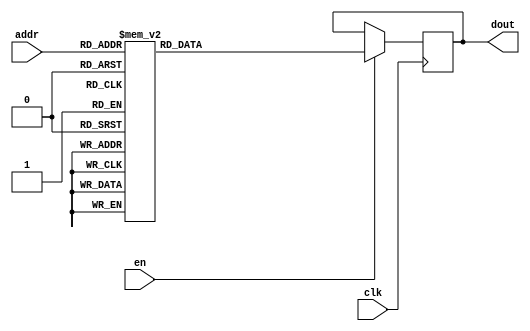
`timescale 1ns / 1ps
/*
Copyright
All right reserved.
Module Name: rom_syn
Author  : Zichuan Liu, Yixing Li and Wenye Liu.
Description:
A synthesized ROM: ROM_DEP x ROM_WID
*/
module DC_9_REF_ROM_3(
// inputs
clk,
en,
addr,
// outputs
dout
);
localparam ROM_WID = 11;
localparam ROM_DEP = 32;
localparam ROM_ADDR = 5;
// input definition
input clk;
input en;
input [ROM_ADDR-1:0] addr;
// output definition
output [ROM_WID-1:0] dout;
reg [ROM_WID-1:0] data;
always @(posedge clk)
begin
if (en) begin
case(addr)
		5'd0: data <= 11'b01000101111;
		5'd1: data <= 11'b01101010111;
		5'd2: data <= 11'b10000000000;
		5'd3: data <= 11'b01000101001;
		5'd4: data <= 11'b01000110010;
		5'd5: data <= 11'b00111000100;
		5'd6: data <= 11'b01000000100;
		5'd7: data <= 11'b00111001011;
		5'd8: data <= 11'b01000010101;
		5'd9: data <= 11'b10000000000;
		5'd10: data <= 11'b00111010001;
		5'd11: data <= 11'b01000000111;
		5'd12: data <= 11'b00110101001;
		5'd13: data <= 11'b01000101111;
		5'd14: data <= 11'b01000110011;
		5'd15: data <= 11'b00010010101;
		5'd16: data <= 11'b01000111001;
		5'd17: data <= 11'b01000111011;
		5'd18: data <= 11'b01111111111;
		5'd19: data <= 11'b00111101110;
		5'd20: data <= 11'b00111010101;
		5'd21: data <= 11'b00111010011;
		5'd22: data <= 11'b01000011111;
		5'd23: data <= 11'b01000001100;
		5'd24: data <= 11'b01000001011;
		5'd25: data <= 11'b00011110101;
		5'd26: data <= 11'b00111100000;
		5'd27: data <= 11'b01000101100;
		5'd28: data <= 11'b01110000111;
		5'd29: data <= 11'b01000001111;
		5'd30: data <= 11'b01000000110;
		5'd31: data <= 11'b01000010100;
		endcase
		end
	end
	assign dout = data;
endmodule